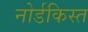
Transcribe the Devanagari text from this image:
नोर्डकिस्त